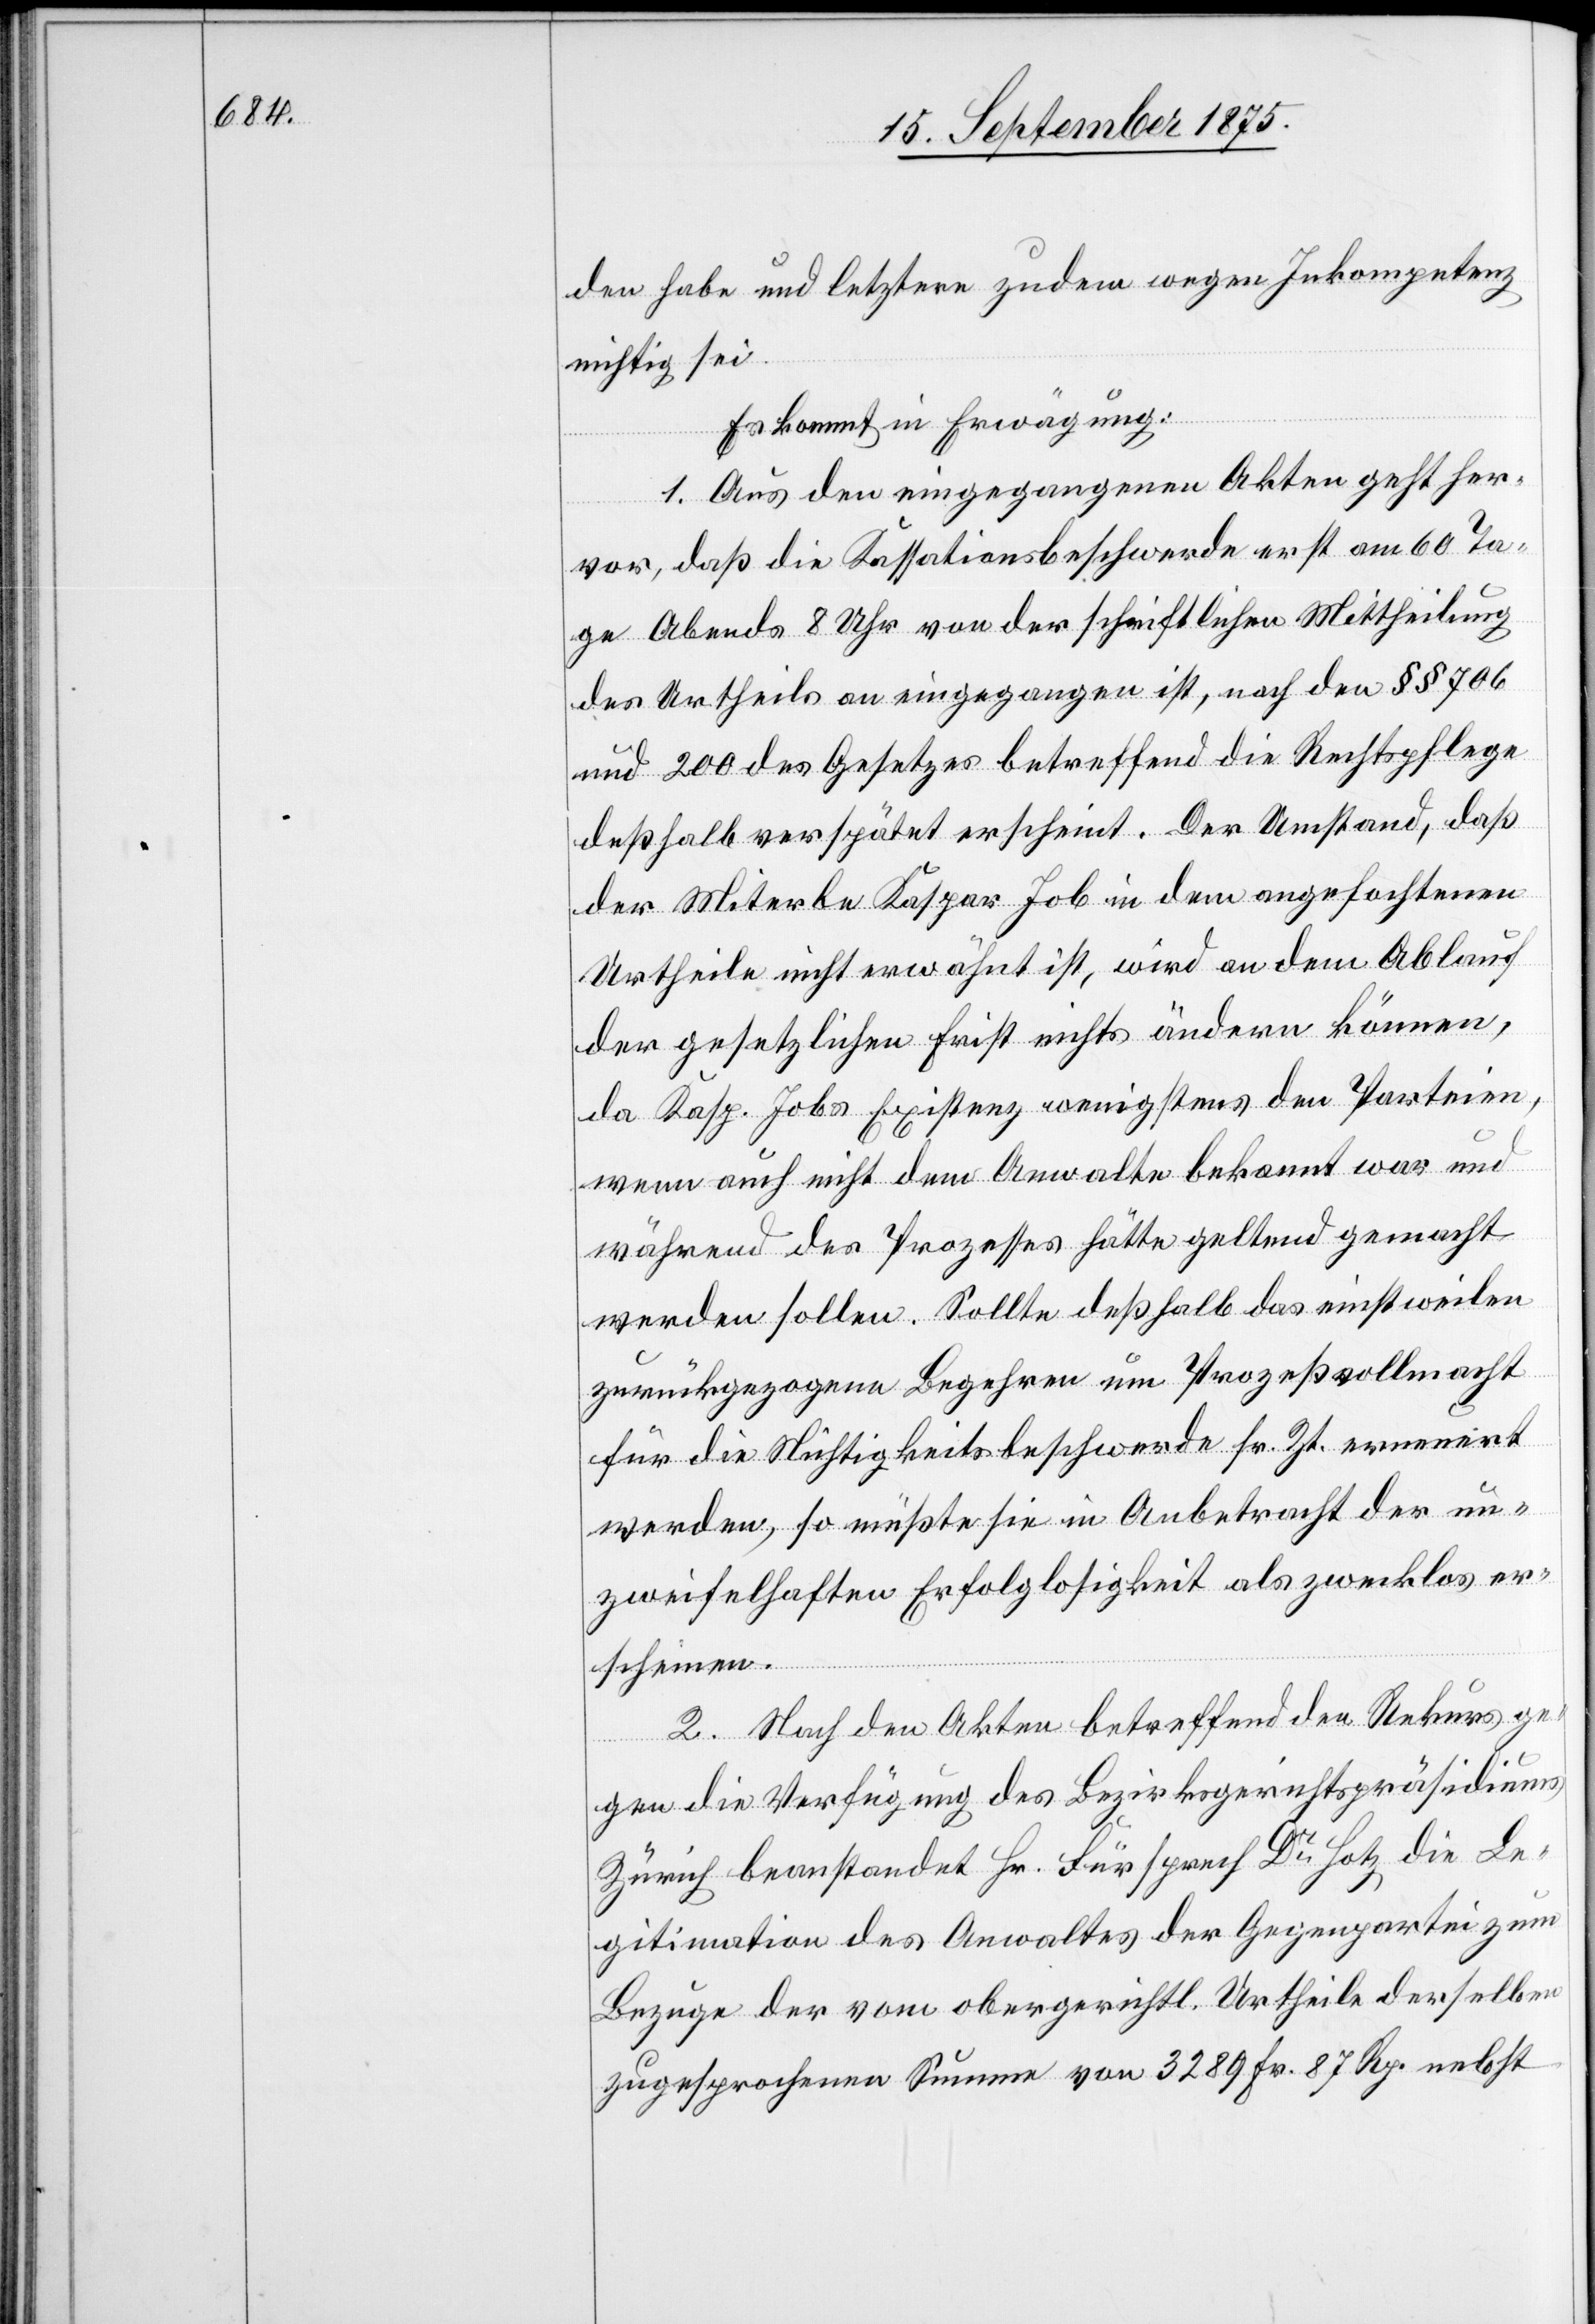
den habe und letztere zudem wegen Inkompetenz
nichtig sei.
Es kommt in Erwägung:
1. Aus den eingegangenen Akten geht her¬
vor, daß die Kassationsbeschwerde erst am 60[.] Ta¬
ge Abends 8 Uhr von der schriftlichen Mittheilung
des Urtheils an eingegangen ist, nach den §§ 706
und 200 des Gesetzes betreffend die Rechtspflege
deßhalb verspätet erscheint. Der Umstand, daß
der Miterbe Kaspar Job in dem angefochtenen
Urtheile nicht erwähnt ist, wird an dem Ablauf
der gesetzlichen Frist nichts ändern können,
da Kasp. Jobs Existenz wenigstens den Parteien,
wenn auch nicht dem Anwalte bekannt war und
während des Prozesses hätte geltend gemacht
werden sollen. Sollte deßhalb das einstweilen
zurückgezogene Begehren um Prozeßvollmacht
für die Nichtigkeitsbeschwerde sr. Zt. erneuert
werde, so müßte sie in Anbetracht der un¬
zweifelhaften Erfolglosigkeit als zwecklos er¬
scheinen.
2. Nach den Akten betreffend den Rekurs ge¬
gen die Verfügung des Bezirksgerichtspräsidiums
Zürich beanstandet Hr. Fürsprech Dr Hotz die Le¬
gitimation des Anwaltes der Gegenpartei zum
Bezuge der vom obergerichtl. Urtheile derselben
zugesprochenen Summe von 3289 Fr. 87 Rp. nebst